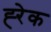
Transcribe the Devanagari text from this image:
ह्‍रेक